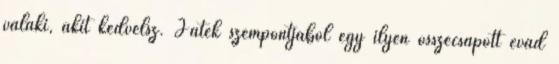
valaki, akit kedvelsz. Játék szempontjából egy ilyen összecsapott évad